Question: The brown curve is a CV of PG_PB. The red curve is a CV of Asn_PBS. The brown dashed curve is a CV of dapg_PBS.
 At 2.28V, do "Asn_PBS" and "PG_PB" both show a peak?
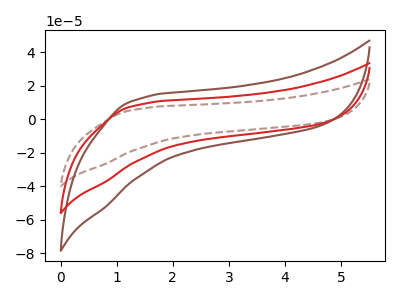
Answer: <think>The brown curve "PG_PB" has no peaks. The red curve "Asn_PBS" has no peaks. The brown dashed curve "dapg_PBS" has no peaks.</think>
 <answer>No, "Asn_PBS" and "PG_PB" dont share a peak at 2.28V.</answer>
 <eval>mismatch</eval>